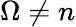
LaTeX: \Omega\neq n